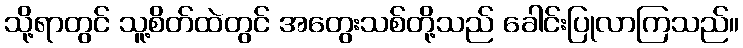
သို့ရာတွင် သူ့စိတ်ထဲတွင် အတွေးသစ်တို့သည် ခေါင်းပြုလာကြသည်။